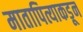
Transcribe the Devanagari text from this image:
मातापित्याकडून